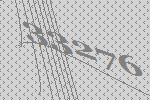
33276